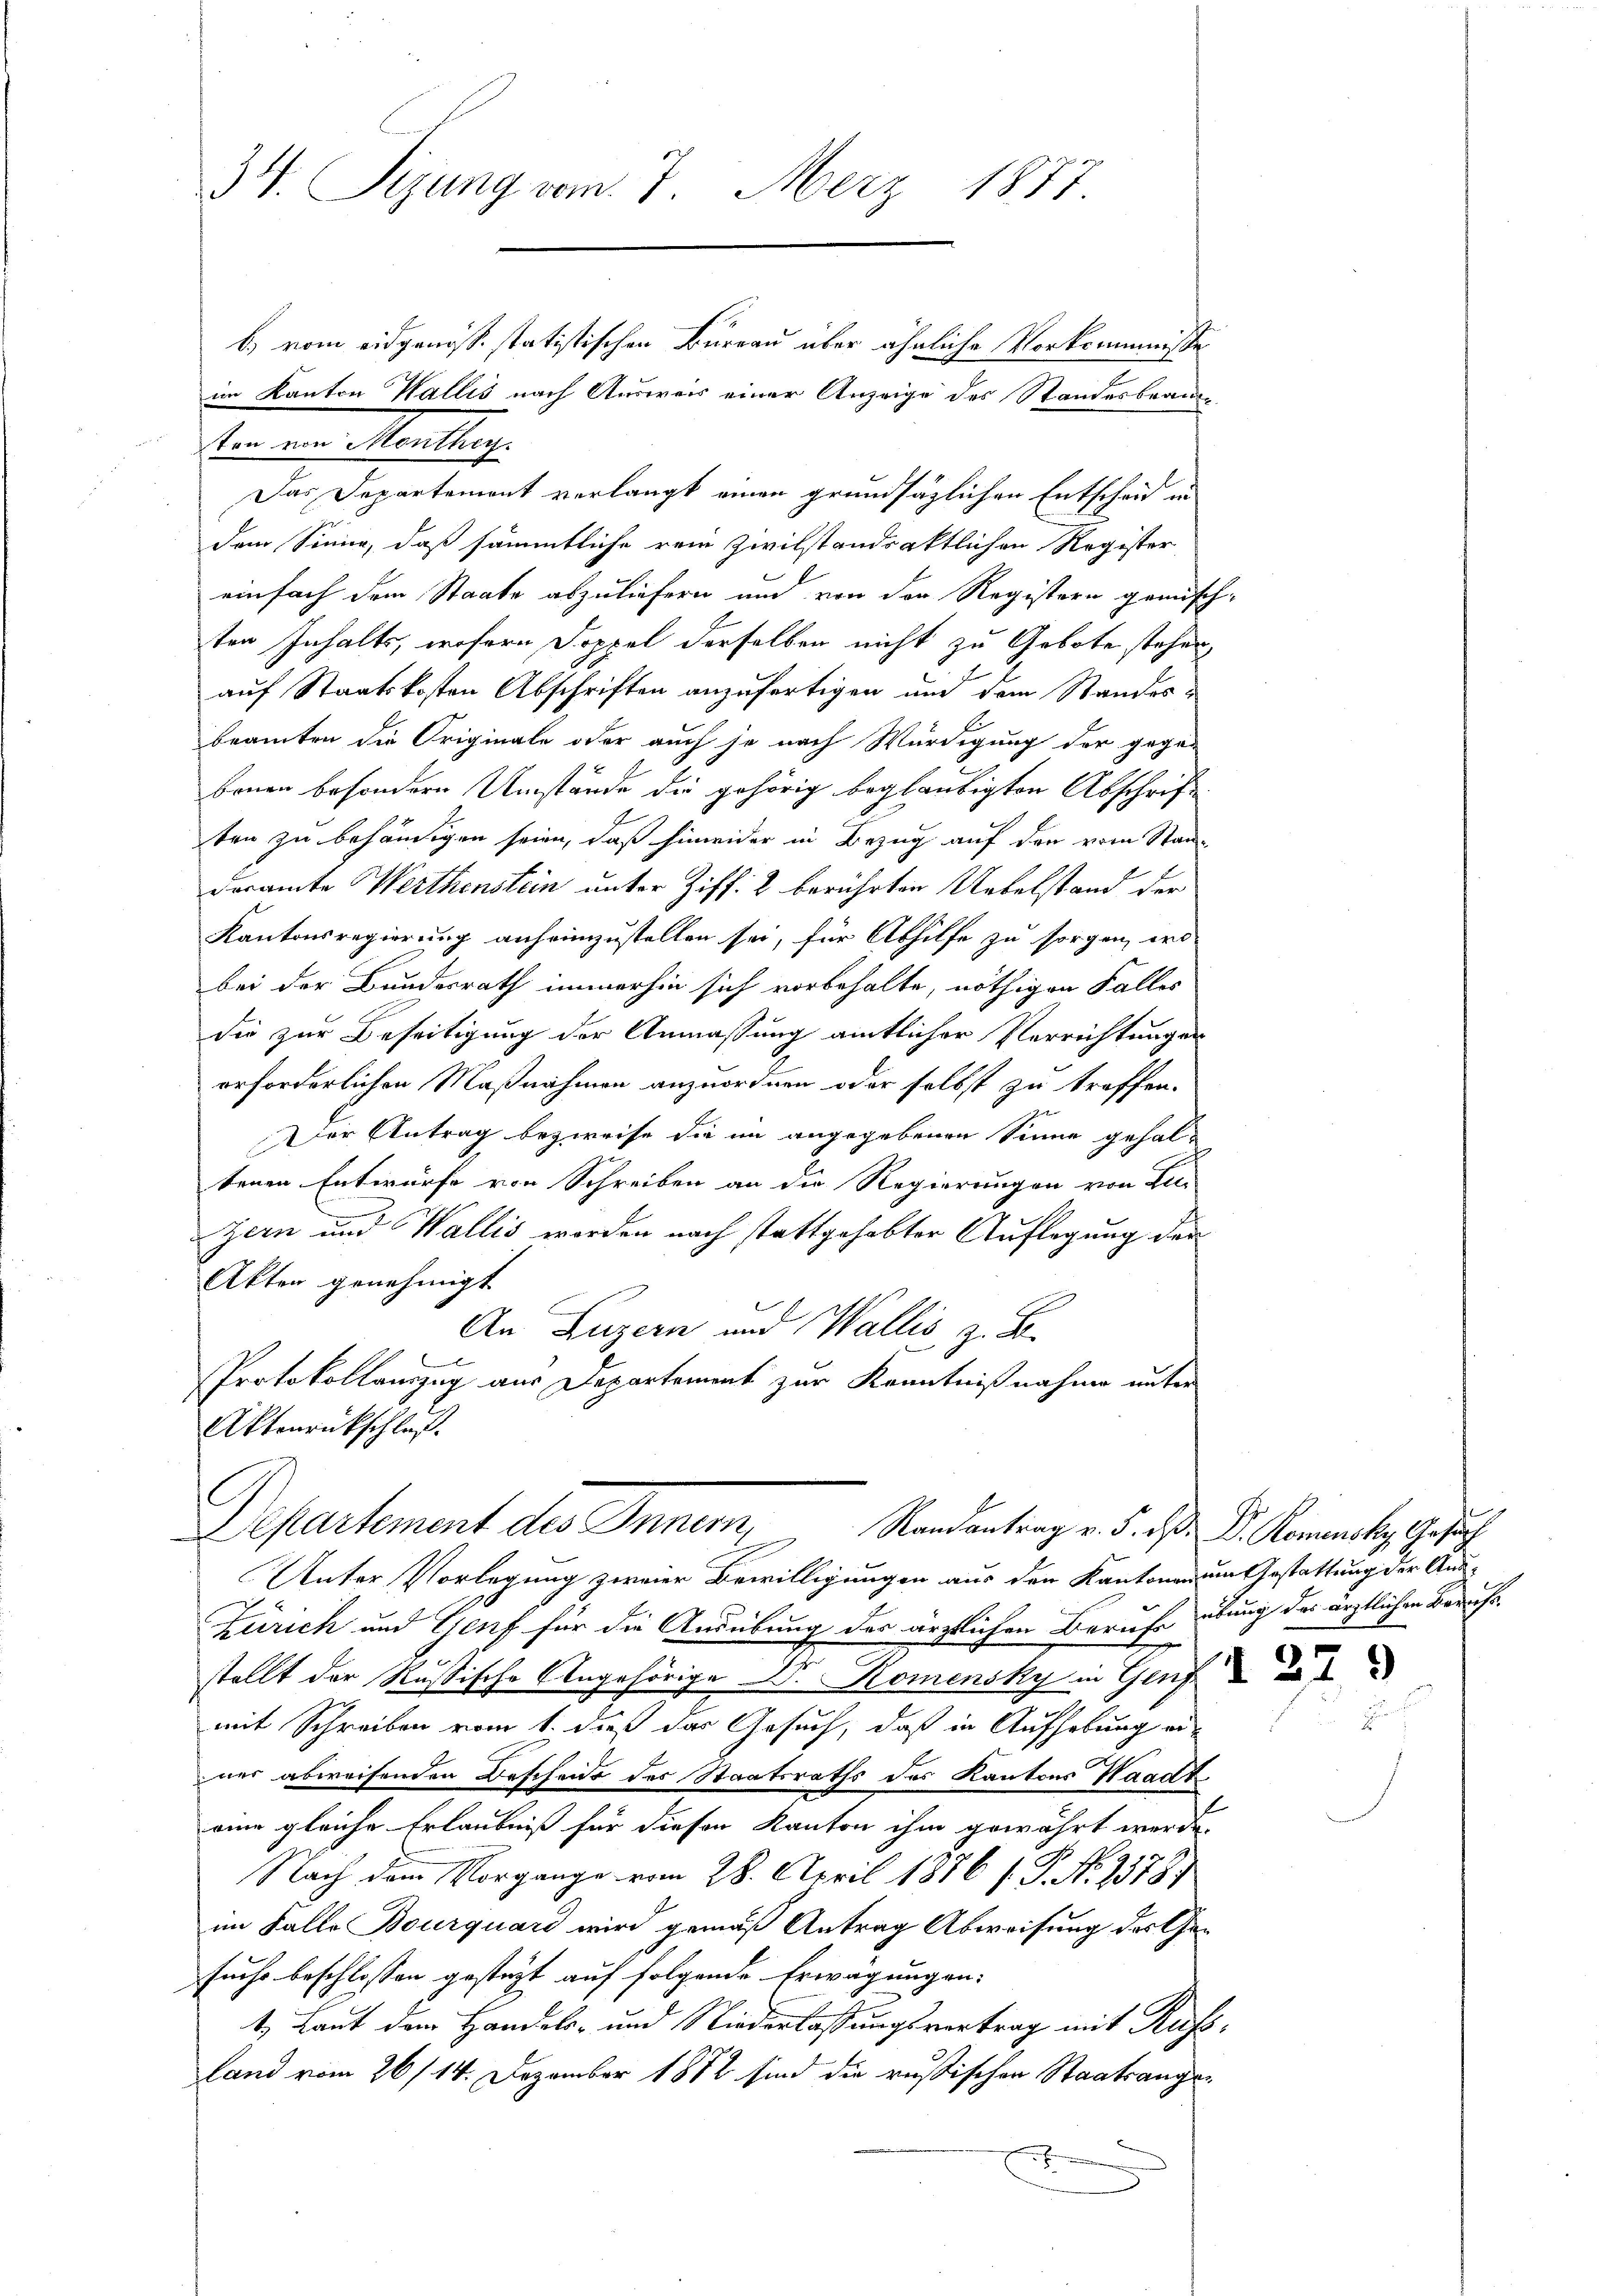
34. Sizung vom 7. März 1877.

im Kanton Wallis nach Ausweis einer Anzeige des Standesbrande
ton von Monthey
Das Departemont verlangt einen grundsätzlichen Entscheid in
dem Sinne, daß sämmtliche rein zivilstandsaktlichen Register
einfach dem Staate abzuliefern und von der Registern gemisch
ten Inhalts, wofern Doppel derselben nicht zu Gebote stehen
auf Staatskosten Abschriften anzufertigen und dem Standes-
beamten die Originale oder auch je nach Würdigung der gegen
benen besondern Umstände die gehörig beglaubigten Abschrift
ten zu behändigen seien, daß hinwider in Bezug auf den vom Stan-
deramte Werthenstein unter Ziff. 2 berührten Uebelstand der
Kantonsregierung anheimzustellen sei, für Abhilfe zu sorgen, orde
bei der Bundesrath immerhin sich vorbehalte, nöthigen Falles
die zur Beseitigung der Anmassung amtlicher Verrichtungen
erforderlichen Maßnahmen anzuordnen oder selbst zu treffen.
Der Antrag bezweife die im angegebenen Sinne gehaltenen Entwurfe von Schreiben an die Regierungen von Lu-
Zeen und Wallis worden nach stattgehabter Auflegung der
Akten genehmigt
An Luzern und Wallis, z. B.
Protokollauszug aus Departement zur Kenntnißnahme unter
Aktenrückschluß.

b) vom eidgenössstatistischen Bureau über ähnliche Vorkommnisse

Departement des Innern,
Randantrag v. 5. dß. D. Romansky, Gesuch

2

Unter Vorlegung zweier Bewilligungen aus den Kantonen umgestattung der Aus-
Zürich und Genf für die Ausübung des ärztlichen Berufe übung des ärztlichen Berufsstellt der Rußische Angehörige Dr. Komensky in Genf
mit Schreiben vom 1. dieß das Gesuch, daß in Aufhebung ei-
ner abweisenden Bescheide des Staatsraths des Kantons Waadt
eine gleiche Erlaubniß für diesen Kanton ihm gewährt werde.
Nach dem Vorgange vom 28. April 1886 P. N. 2378)
im Falle Bourquard wird gemäß Antrag Abweisung der Gesuche beschlossen gesteht auf folgende Erwägung an-
1.) Laut dem Handels- und Niederlassungsvertrag mit Aufsland vom 26/14. Dezember 1882 sind die russischen Staatsange¬
.